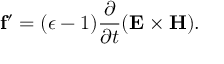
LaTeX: { \bf f } ^ { \prime } = ( \epsilon - 1 ) { \frac { \partial } { \partial t } } ( { \bf E \times H } ) .